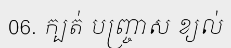
06. ក្បត់ បញ្ច្រាស ខ្យល់